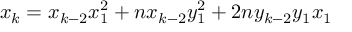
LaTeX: x _ { k } = x _ { k - 2 } x _ { 1 } ^ { 2 } + n x _ { k - 2 } y _ { 1 } ^ { 2 } + 2 n y _ { k - 2 } y _ { 1 } x _ { 1 }